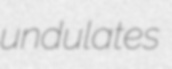
undulates